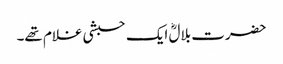
حضرت بلالؓ ایک حبشی غلام تھے۔